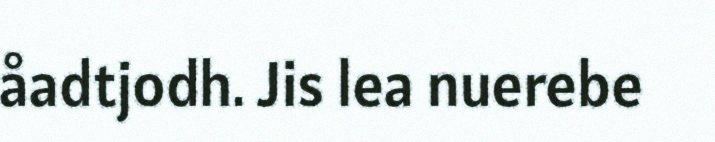
åadtjodh. Jis lea nuerebe